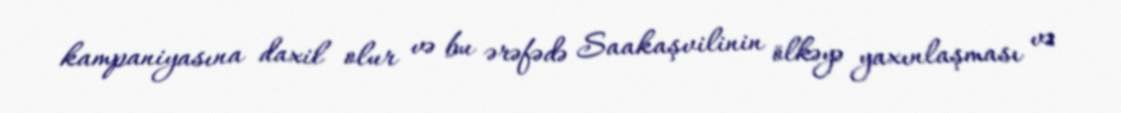
kampaniyasına daxil olur və bu ərəfədə Saakaşvilinin ölkəyə yaxınlaşması və